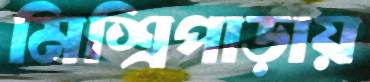
মিশ্রিপাড়ায়